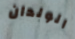
الولدان